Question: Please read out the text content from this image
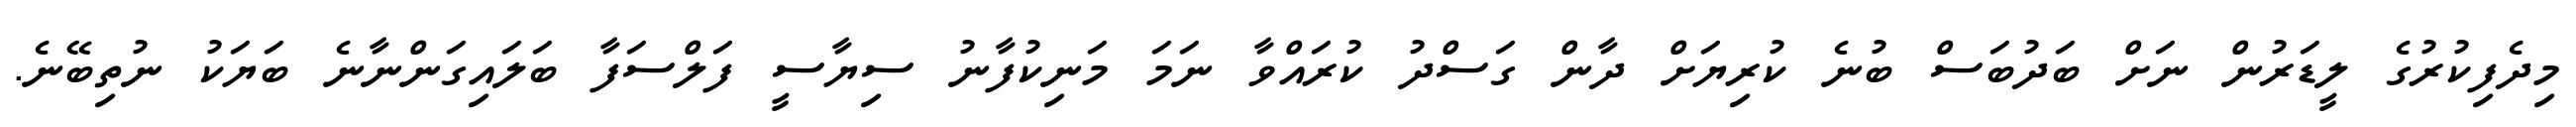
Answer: މިދެފިކުރުގެ ލީޑަރުން ނަށް ބަދުބަސް ބުނެ ކުރިޔަށް ދާން ގަސްދު ކުރައްވާ ނަމަ މަނިކުފާނު ސިޔާސީ ފަލްސަފާ ބަލައިގަންނާނެ ބަޔަކު ނުތިބޭނެ.